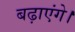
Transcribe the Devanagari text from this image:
बढ़ाएंगे।